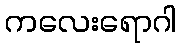
ကလေးရောဂါ